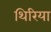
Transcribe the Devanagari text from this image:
थिरिया